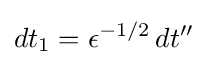
dt_{1}=\epsilon ^{-1/2}\,dt''